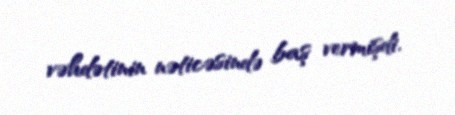
vəhdətinin nəticəsində baş vermişdi.